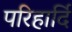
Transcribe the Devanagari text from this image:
परिहार्दि